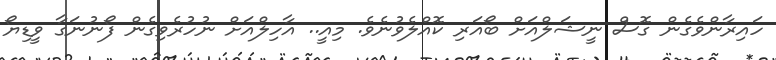
ހައިރާންވެގެން ގޮސް ނީޝަލްއަށް ބޯއަރި ކޮއްލެވުނެވެ. މިއީ.. އާހިލްއަށް ނުހުރެވިގެން ފޯނުނަގާ ވީޑިޔޯ